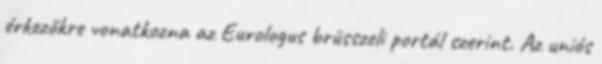
érkezőkre vonatkozna az Eurologus brüsszeli portál szerint. Az uniós